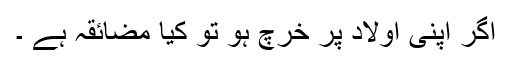
اگر اپنی اولاد پر خرچ ہو تو کیا مضائقہ ہے ۔